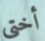
أختي